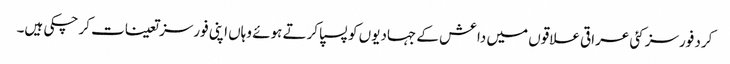
کرد فورسز کئی عراقی علاقوں میں داعش کے جہادیوں کو پسپا کرتے ہوئے وہاں اپنی فورسز تعینات کر چکی ہیں۔